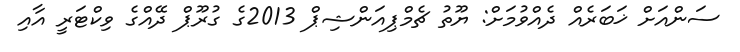
ސަންއަށް ޚަބަރެއް ދެއްވުމަށް: ޔޫތު ޗެމްޕިއަންޝިޕް 2013ގެ ގުރޫޕް ދޭއްގެ ވިކްޓަރީ އާއި